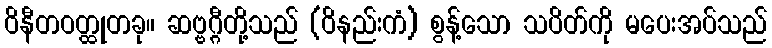
ဝိနီတဝတ္ထုတခု။ ဆဗ္ဗဂ္ဂီတို့သည် (ဝိနည်းကံ) စွန့်သော သပိတ်ကို မပေးအပ်သည်